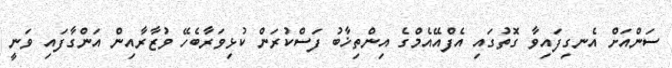
ސަންއަށް އެނގިފައިވާ ގޮތުގައި އެފްއޭއެމްގެ އިންތިޚާބު ފަސްކުރަން ކުޅިވަރާބެހޭ ވުޒާރާއިން އަންގާފައި ވަނީ